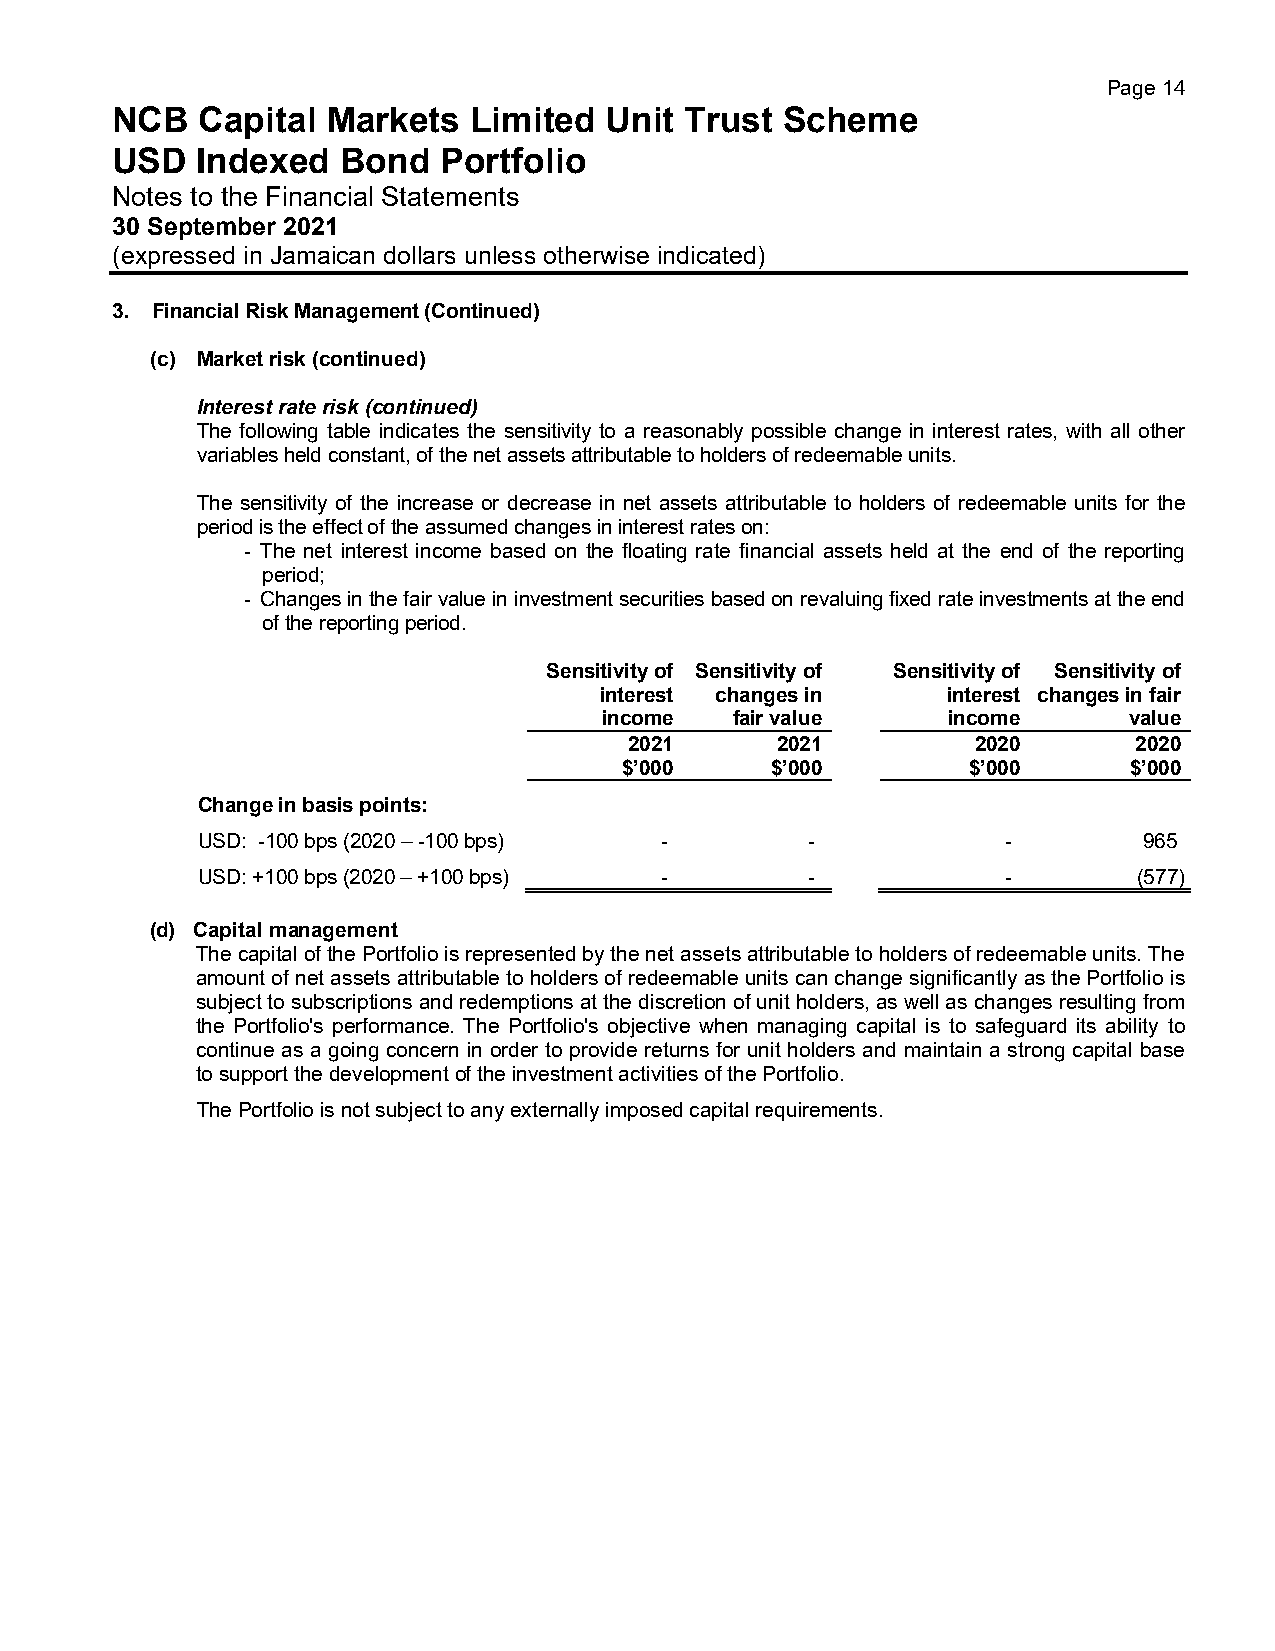
Page 14
 NCB   Capital  Markets  Limited  Unit Trust  Scheme
 USD   Indexed   Bond  Portfolio
 Notes to the Financial Statements
 30 September 2021
 (expressed in Jamaican dollars unless otherwise indicated)
 3. Financial Risk Management (Continued)
 (c) Market risk (continued)
 Interest rate risk (continued)
 The following table indicates the sensitivity to a reasonably possible change in interest rates, with all other
 variables held constant, of the net assets attributable to holders of redeemable units.
 The sensitivity of the increase or decrease in net assets attributable to holders of redeemable units for the
 period is the effect of the assumed changes in interest rates on:
 - The net interest income based on the floating rate financial assets held at the end of the reporting
 period;
 - Changes in the fair value in investment securities based on revaluing fixed rate investments at the end
 of the reporting period.
 Sensitivity of Sensitivity of Sensitivity of Sensitivity of
 interest changes in    interest changes in fair
 income   fair value    income      value
 2021     2021          2020      2020
 $’000     $’000        $’000      $’000
 Change in basis points:
 USD: -100 bps (2020 – -100 bps) -       -             -        965
 USD: +100 bps (2020 – +100 bps) -       -             -       (577)
 (d) Capital management
 The capital of the Portfolio is represented by the net assets attributable to holders of redeemable units. The
 amount of net assets attributable to holders of redeemable units can change significantly as the Portfolio is
 subject to subscriptions and redemptions at the discretion of unit holders, as well as changes resulting from
 the Portfolio's performance. The Portfolio's objective when managing capital is to safeguard its ability to
 continue as a going concern in order to provide returns for unit holders and maintain a strong capital base
 to support the development of the investment activities of the Portfolio.
 The Portfolio is not subject to any externally imposed capital requirements.